Vaccination returns of the Province of Eastern Bengal and Assam - 1905-1912
Year: 1905
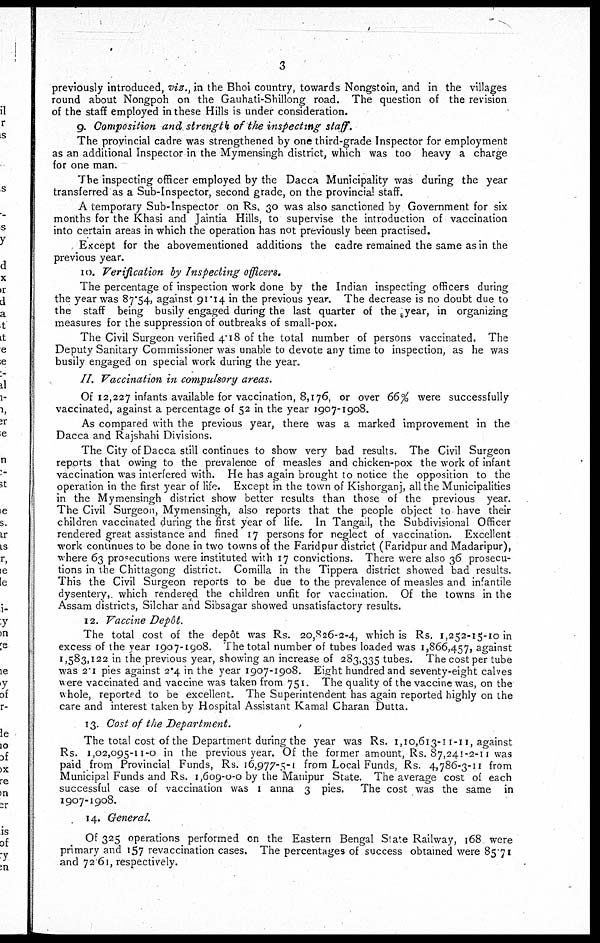
3
previously introduced, viz., in the Bhoi country, towards Nongstoin, and in the villages
round about Nongpoh on the Gauhati-Shillong road. The question of the revision
of the staff employed in these Hills is under consideration.
9. Composition and strength of the inspecting staff.
The provincial cadre was strengthened by one third-grade Inspector for employment
as an additional Inspector in the Mymensingh district, which was too heavy a charge
for one man.
The inspecting officer employed by the Dacca Municipality was during the year
transferred as a Sub-Inspector, second grade, on the provincial staff.
A temporary Sub-Inspector on Rs. 30 was also sanctioned by Government for six
months for the Khasi and Jaintia Hills, to supervise the introduction of vaccination
into certain areas in which the operation has not previously been practised.
Except for the abovementioned additions the cadre remained the same as in the
previous year.
10. Verification by Inspecting officers.
The percentage of inspection work done by the Indian inspecting officers during
the year was 87.54, against 91.14 in the previous year. The decrease is no doubt due to
the staff being busily engaged during the last quarter of the year, in organizing
measures for the suppression of outbreaks of small-pox.
The Civil Surgeon verified 4.18 of the total number of persons vaccinated. The
Deputy Sanitary Commissioner was unable to devote any time to inspection, as he was
busily engaged on special work during the year.
II. Vaccination in compulsory areas.
Of 12,227 infants available for vaccination, 8,176, or over 66% were successfully
vaccinated, against a percentage of 52 in the year 1907-1908.
As compared with the previous year, there was a marked improvement in the
Dacca and Rajshahi Divisions.
The City of Dacca still continues to show very bad results. The Civil Surgeon
reports that owing to the prevalence of measles and chicken-pox the work of infant
vaccination was interfered with. He has again brought to notice the opposition to the
operation in the first year of life. Except in the town of Kishorganj, all the Municipalities
in the Mymensingh district show better results than those of the previous year.
The Civil Surgeon, Mymensingh, also reports that the people object to have their
children vaccinated during the first year of life. In Tangail, the Subdivisional Officer
rendered great assistance and fined 17 persons for neglect of vaccination. Excellent
work continues to be done in two towns of the Faridpur district (Faridpur and Madaripur),
where 63 prosecutions were instituted with 17 convictions. There were also 36 prosecu-
tions in the Chittagong district. Comilla in the Tippera district showed bad results.
This the Civil Surgeon reports to be due to the prevalence of measles and infantile
dysentery, which rendered the children unfit for vaccination. Of the towns in the
Assam districts, Silchar and Sibsagar showed unsatisfactory results.
12. Vaccine Depôt.
The total cost of the depôt was Rs. 20,826-2-4, which is Rs. 1,252-15-10 in
excess of the year 1907-1908. The total number of tubes loaded was 1,866,457, against
1,583,122 in the previous year, showing an increase of 283,335 tubes. The cost per tube
was 2.1 pies against 2.4 in the year 1907-1908. Eight hundred and seventy-eight calves
were vaccinated and vaccine was taken from 751. The quality of the vaccine was, on the
whole, reported to be excellent. The Superintendent has again reported highly on the
care and interest taken by Hospital Assistant Kamal Charan Dutta.
13. Cost of the Department.
The total cost of the Department during the year was Rs. 1,10,613-11-11, against
Rs. 1,02,095-11-0 in the previous year. Of the former amount, Rs. 87,241-2-11 was
paid from Provincial Funds, Rs. 16,977-5-1 from Local Funds, Rs. 4,786-3-11 from
Municipal Funds and Rs. 1,609-0-0 by the Manipur State. The average cost of each
successful case of vaccination was 1 anna 3 pies. The cost was the same in
1907-1908.
14. General.
Of 325 operations performed on the Eastern Bengal State Railway, 168 were
primary and 157 revaccination cases. The percentages of success obtained were 85.71
and 72.61, respectively.